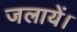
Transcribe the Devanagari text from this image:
जलायें।